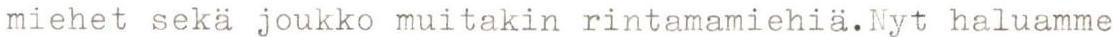
miehet sekä joukko muitakin rintamamiehiä.Nyt haluamme